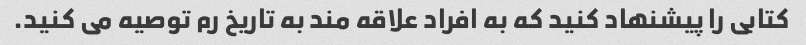
کتابی را پیشنهاد کنید که به افراد علاقه مند به تاریخ رم توصیه می کنید.